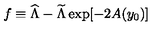
f \equiv { \widehat \Lambda } - { \widetilde \Lambda } \exp [ - 2 A ( y _ { 0 } ) ]